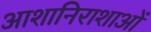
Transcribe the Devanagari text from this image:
आशानिराशाओं